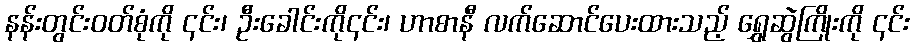
နန်းတွင်းဝတ်စုံကို ၎င်း၊ ဦးခေါင်းကို၎င်း၊ ဟာစာနီ လက်ဆောင်ပေးထားသည့် ရွှေဆွဲကြိုးကို ၎င်း